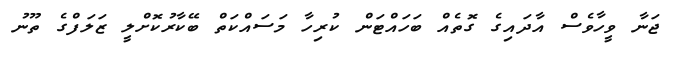
ޖަނާ ވީހާވެސް އާދައިގެ ގޮތެއް ބަހައްޓަން ކުރިހާ މަސައްކަތް ބޭކާރުކޮށްލީ ޒަލަފްގެ ތޫނު